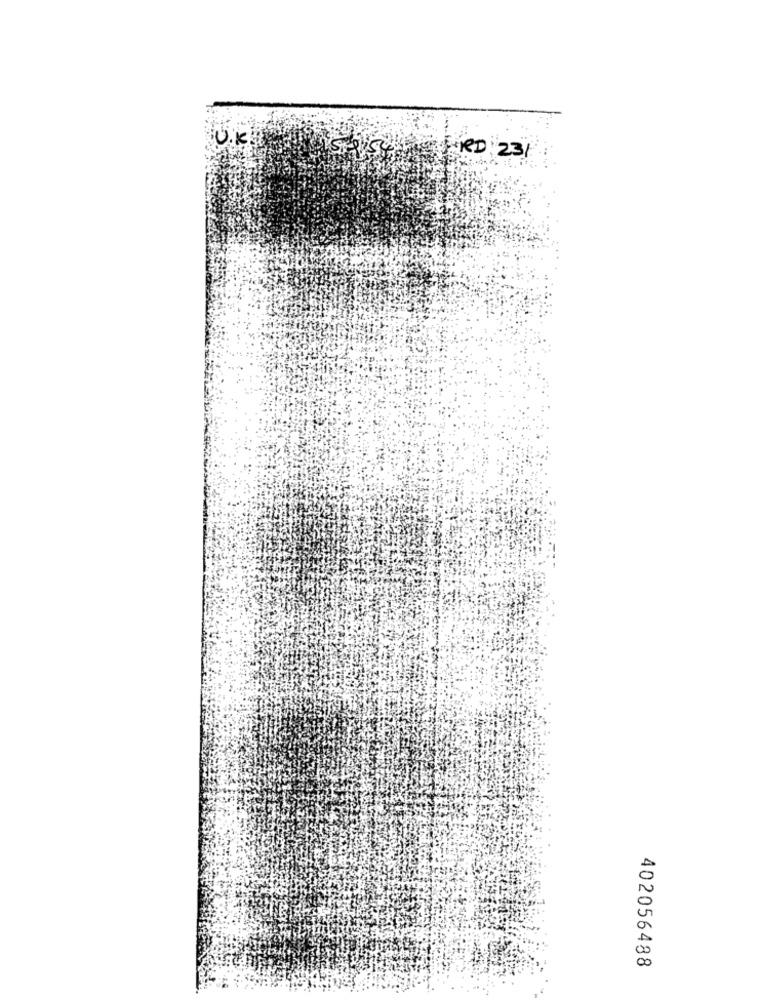
U.kü
FRED: 23 /
402056488